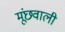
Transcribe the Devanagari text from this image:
मूंछवाली